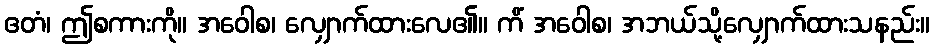
ဧတံ၊ ဤစကားကို။ အဝေါစ၊ လျှောက်ထားလေ၏။ ကိံ အဝေါစ၊ အဘယ်သို့လျှောက်ထားသနည်း။